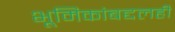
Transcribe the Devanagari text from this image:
भूमिकांबद्दलही